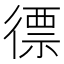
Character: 徱